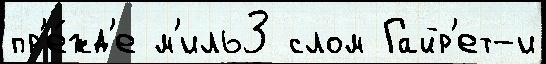
пр'е́жд'е м'иль3 слом Гайр'ет-и